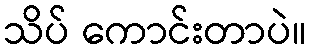
သိပ် ကောင်းတာပဲ။